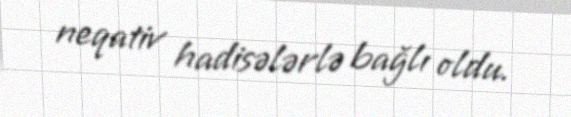
neqativ hadisələrlə bağlı oldu.